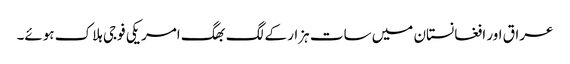
عراق اور افغانستان میں سات ہزار کے لگ بھگ امریکی فوجی ہلاک ہوئے۔